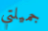
جميلتي